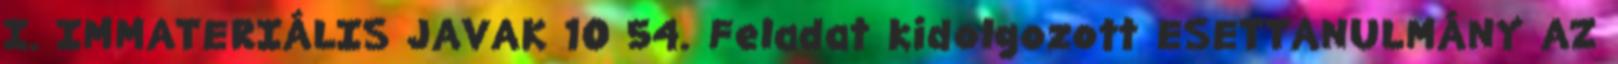
I. IMMATERIÁLIS JAVAK 10 54. Feladat kidolgozott ESETTANULMÁNY AZ